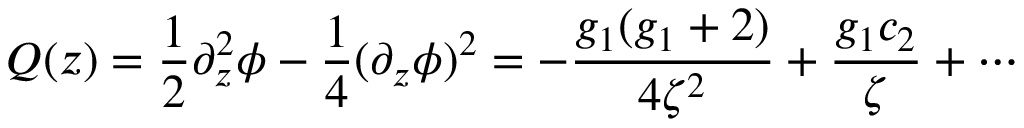
Q ( z ) = \frac { 1 } { 2 } \partial _ { z } ^ { 2 } \phi - \frac { 1 } { 4 } ( \partial _ { z } \phi ) ^ { 2 } = - \frac { g _ { 1 } ( g _ { 1 } + 2 ) } { 4 \zeta ^ { 2 } } + \frac { g _ { 1 } c _ { 2 } } { \zeta } + \cdots